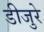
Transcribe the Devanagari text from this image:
डीजुरे